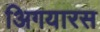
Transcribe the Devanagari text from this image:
अिगयारस